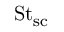
\mathrm { S t _ { s c } }